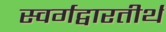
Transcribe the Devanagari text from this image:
स्वर्गद्वारतीर्थ